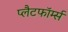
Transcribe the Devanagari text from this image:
प्लैटफॉर्म्स